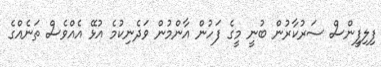
ފިލިފީންސް ސަރުކާރުން ބުނީ މީގެ ފަހުން އާންމުން ވަދެނިކުމެ އުޅޭ އެއްވެސް ތަނެއްގެ